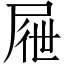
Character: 屜